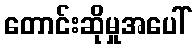
တောင်းဆိုမှုအပေါ်